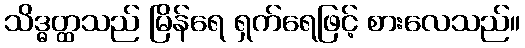
သိဒ္ဓတ္ထသည် မြိန်ရေ ရှက်ရေဖြင့် စားလေသည်။